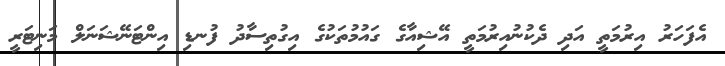
އެފަހަރު އިރުމަތީ އަދި ދެކުނުއިރުމަތީ އޭޝިއާގެ ގައުމުތަކުގެ އިގުތިސާދު ފުނޑި އިންޓަނޭޝަނަލް މަނިޓަރީ